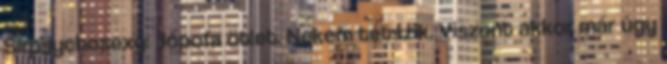
Sirpsychosexy: Jópofa ötlet. Nekem tetszik. Viszont akkor már úgy